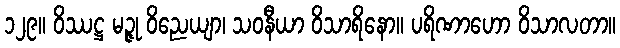
၁၂၉။ ဝိဿဋ္ဌ မဉ္ဇု ဝိညေယျာ၊ သဝနီယာ ဝိသာရိနော။ ပရိဏာဟော ဝိသာလတာ။